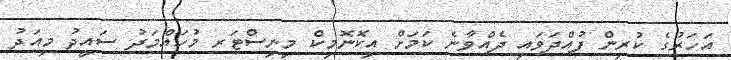
އަހަރުގެ ކުރިން ފުއްދަވައި ދެއްވާނެ ކަމަށް އިކޮނޮމިކް މިނިސްޓަރ މުހައްމަދު ސައީދު މިއަދު